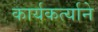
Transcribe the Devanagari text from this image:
कार्यकर्त्याने